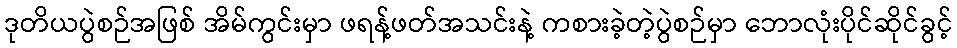
ဒုတိယပွဲစဉ်အဖြစ် အိမ်ကွင်းမှာ ဖရန့်ဖတ်အသင်းနဲ့ ကစားခဲ့တဲ့ပွဲစဉ်မှာ ဘောလုံးပိုင်ဆိုင်ခွင့်